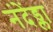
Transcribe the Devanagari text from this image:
नंदेंड्ला